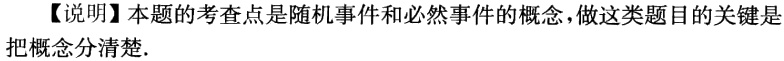
【说明】本题的考查点是随机事件和必然事件的概念，做这类题目的关键是把概念分清楚.